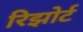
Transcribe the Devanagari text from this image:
रिझोर्ट